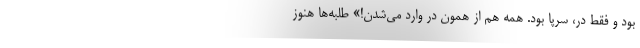
بود و فقط در، سرپا بود. همه هم از همون در وارد مي‌شدن!» طلبه‌ها هنوز